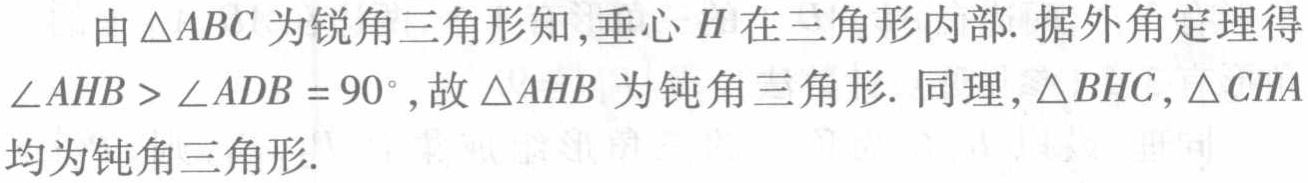
由\(\triangle ABC\)为锐角三角形知,垂心\(H\)在三角形内部. 据外角定理得\(\angle AHB > \angle ADB = 90^{\circ}\), 故\(\triangle AHB\)为钝角三角形. 同理, \(\triangle BHC,\triangle CHA\)均为钝角三角形.